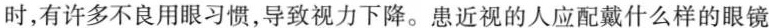
时，有许多不良用眼习惯，导致视力下降。患近视的人应配戴什么样的眼镜